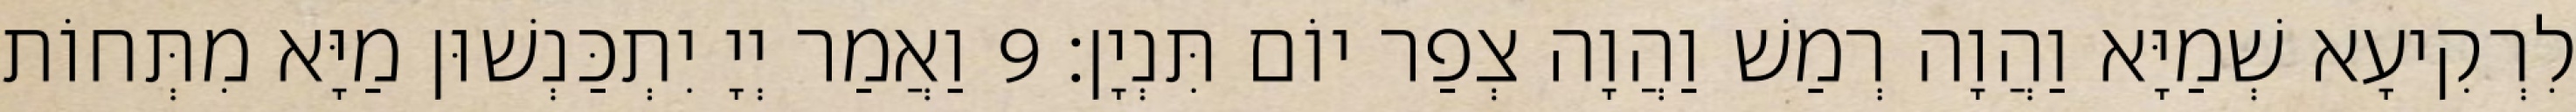
לִרְקִיעָא שְׁמַיָּא וַהֲוָה רְמַשׁ וַהֲוָה צְפַר יוֹם תִּנְיָן׃ 9 וַאֲמַר יְיָ יִתְכַּנְשׁוּן מַיָּא מִתְּחוֹת